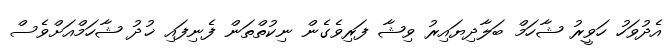
އެދުވަހު ހަވީރު ޝާހަމް ބަލާދިޔައިރު ވިޝާ ފަރިވެގެން ނިކުތްތަން ފެނިފައި ޚުދު ޝާހަމްއަށްވެސް